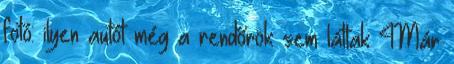
fotó: ilyen autót még a rendőrök sem láttak 4Már